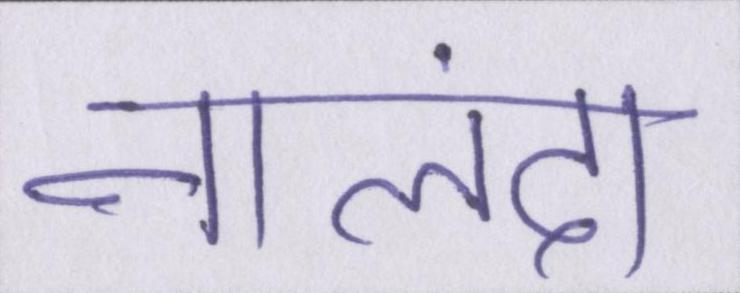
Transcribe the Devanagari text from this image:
नालंदा